Scientific memoirs by medical officers of the Army of India - Part V,
Year: 1890
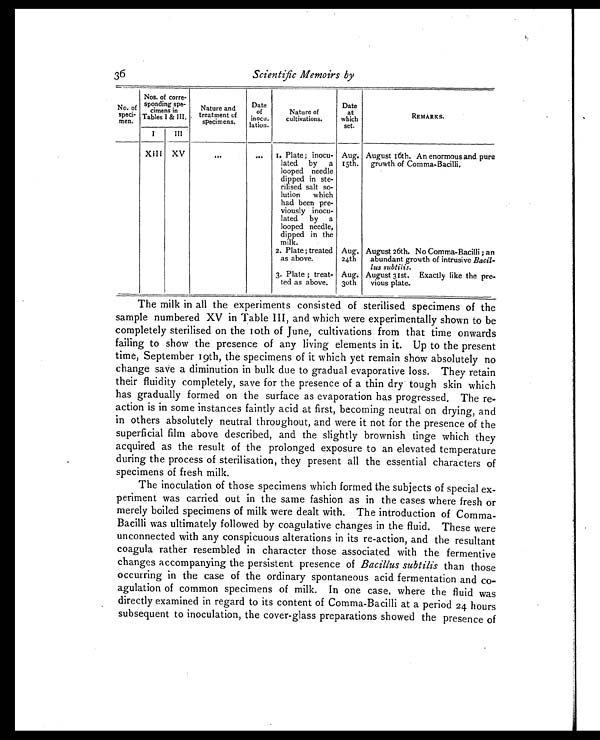
36
Scientific Memoirs by
No. of
speci-
men.
Nos. of corre-
sponding spe-
cimens in
Tables I & III.
Nature and
treatment of
specimens.
Date
of
inocu-
lation.
Nature of
cultivations.
Date
at
which
set.
REMARKS.
I
III
XIII XV
...
... I. Plate ; inocu-
lated by a
looped needle
dipped in ste-
rilised salt so-
lution which
had been pre-
viously inocu-
lated by a
looped needle,
dipped in the
milk.
Aug.
15th.
August 16th. An enormous and pure
growth of Comma-Bacilli.
2. Plate ; treated
as above.
Aug.
24th
August 26th. No Comma-Bacilli ; an
abundant growth of intrusive Bacil-
lus subtilis.
3. Plate ; treat-
ted as above.
Aug.
30th
August 31st. Exactly like the pre-
vious plate.
The milk in all the experiments consisted of sterilised specimens of the
sample numbered XV in Table III, and which were experimentally shown to be
completely sterilised on the 10th of June, cultivations from that time onwards
failing to show the presence of any living elements in it. Up to the present
time, September 19th, the specimens of it which yet remain show absolutely no
change save a diminution in bulk due to gradual evaporative loss. They retain
their fluidity completely, save for the presence of a thin dry tough skin which
has gradually formed on the surface as evaporation has progressed. The re
-
action is in some instances faintly acid at first, becoming neutral on drying, and
in others absolutely neutral throughout, and were it not for the presence of the
superficial film above described, and the slightly brownish tinge which they
acquired as the result of the prolonged exposure to an elevated temperature
during the process of sterilisation, they present all the essential characters of
specimens of fresh milk.
The inoculation of those specimens which formed the subjects of special ex
-periment was carried out in the same fashion as in the cases where fresh or
merely boiled specimens of milk were dealt with. The introduction of Comma-
Bacilli was ultimately followed by coagulative changes in the fluid. These were
unconnected with any conspicuous alterations in its re-action, and the resultant
coagula rather resembled in character those associated with the fermentive
changes accompanying the persistent presence of Bacillus subtilis than those
occurring in the case of the ordinary spontaneous acid fermentation and co
-
agulation of common specimens of milk. In one case, where the fluid was
directly examined in regard to its content of Comma-Bacilli at a period 24 hours
subsequent to inoculation, the cover-glass preparations showed the presence of